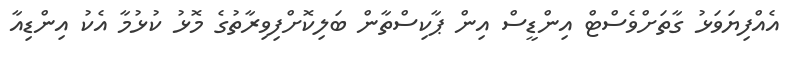
އެއްފިޔަވަޅު ގާތަށްވެސްޓް އިންޑީސް އިން ޕާކިސްތާން ބަލިކޮށްފިވިރާތުގެ މޮޅު ކުޅުމާ އެކު އިންޑިއާ